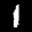
Label: 1